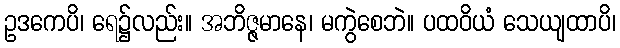
ဥဒကေပိ၊ ရေ၌လည်း။ အဘိဇ္ဇမာနေ၊ မကွဲစေဘဲ။ ပထဝိယံ သေယျထာပိ၊